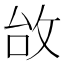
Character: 𢼉